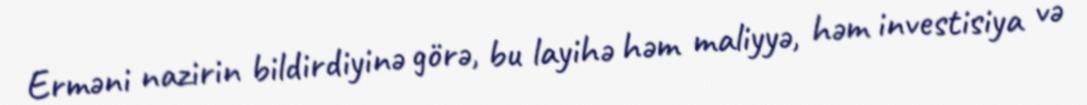
Erməni nazirin bildirdiyinə görə, bu layihə həm maliyyə, həm investisiya və